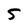
Character: 5